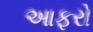
આફરો